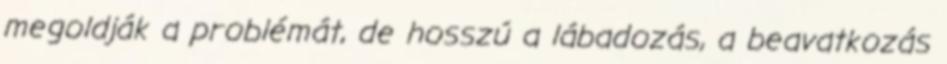
megoldják a problémát, de hosszú a lábadozás, a beavatkozás